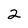
Character: 2